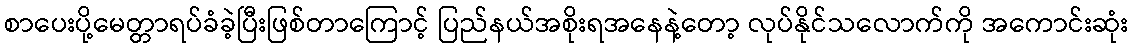
စာပေးပို့မေတ္တာရပ်ခံခဲ့ပြီးဖြစ်တာကြောင့် ပြည်နယ်အစိုးရအနေနဲ့တော့ လုပ်နိုင်သလောက်ကို အကောင်းဆုံး